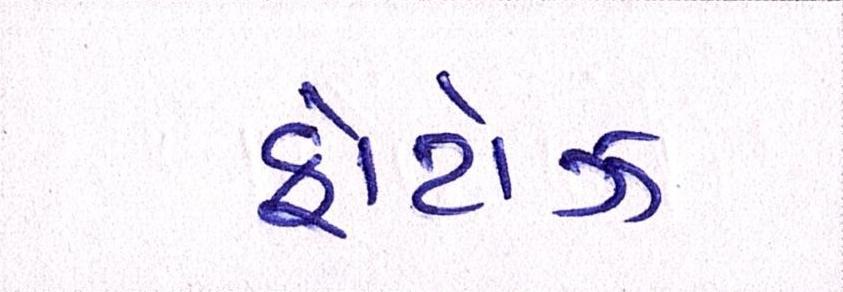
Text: ફોટોઝ